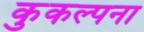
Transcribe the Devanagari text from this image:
कुकल्पना